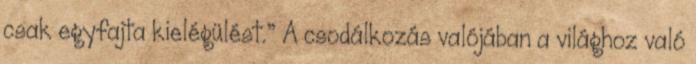
csak egyfajta kielégülést.” A csodálkozás valójában a világhoz való